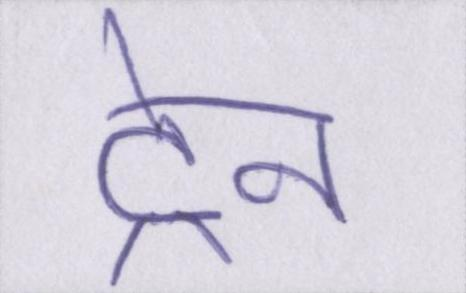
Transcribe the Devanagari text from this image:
ट्रेन